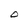
Character: O